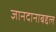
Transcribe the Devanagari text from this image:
ज्ञानदानाबद्दल